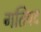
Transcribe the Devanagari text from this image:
गतिपद